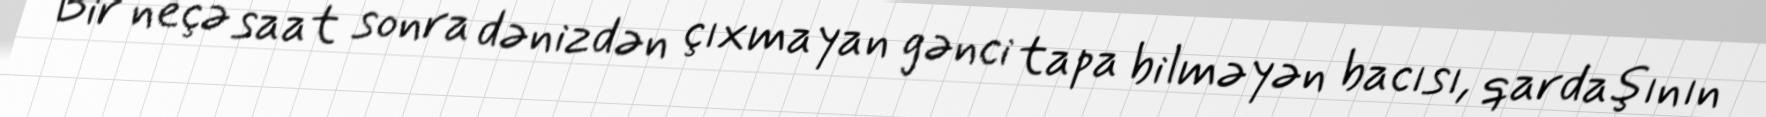
Bir neçə saat sonra dənizdən çıxmayan gənci tapa bilməyən bacısı, qardaşının